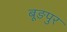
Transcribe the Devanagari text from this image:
बूङपुर